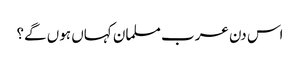
اس دن عرب مسلمان کہاں ہوں گے؟